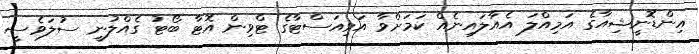
އިންޑޮނީޝިއާގެ އަމިއްލަ އެއާލައިނެއް ކަމަށްވާ އަވިއަސްޓާގެ ޓްވިން އޮޓާ ބޯޓު ގެއްލުނީ ސުލަވެސީ